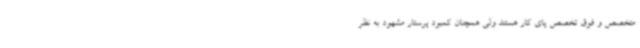
متخصص و فوق تخصص پای کار هستند ولی همچنان کمبود پرستار مشهود به نظر